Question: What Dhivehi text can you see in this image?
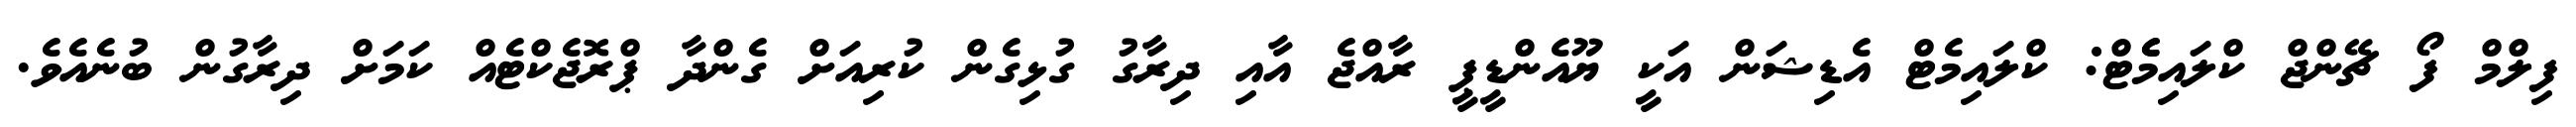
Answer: ފިލްމް ފޯ ޗޭންޖް ކްލައިމެެޓް: ކްލައިމެޓް އެޑިޝަން އަކީ ޔޫއެންޑީޕީ ރާއްޖެ އާއި ދިރާގު ގުޅިގެން ކުރިއަށް ގެންދާ ޕްރޮޖެކްޓެއް ކަމަށް ދިރާގުން ބުނެއެވެ.